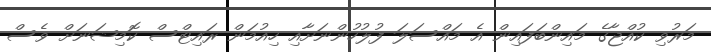
މަރުވި ކުއްޖާގެ މައިންބަފައިން އެ މައްސަލަ ފުލުހުންނަށާއި ހިއުމަން ރައިޓްސް ކޮމިޝަނަށް ވެސް